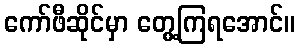
ကော်ဖီဆိုင်မှာ တွေ့ကြရအောင်။